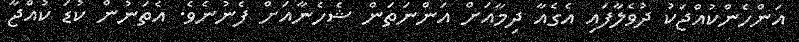
އަންހެންކުއްޖަކު ދުވެލާފައި އެގެއާ ދިމާއަށް އަންނަތަން ޝެހެނާއަށް ފެނުނެވެ. އެތަނުން ކުޑަ ކުއްޖާ